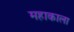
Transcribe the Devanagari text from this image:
महाकाला